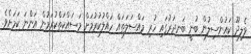
ވެލިދޫ ކައުންސިލުން ބުނީ ބަނދަރުގައި ހުރި މައްސަލަތައް ހައްލުކުރުމަށް މަސައްކަތްކުރަމުން އަންނަ ކަމަށެވެ.